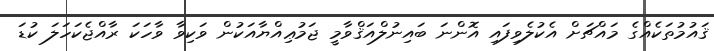
ޤައުމުތަކެއްގެ މައްޗަށް އެކުލެވިފައި އޮންނަ ބައިނުލްއަޤްވާމީ ޖަމުޢިއްޔާއަކުން ވަކިވާ ވާހަކަ ރާއްޖެކަހަލަ ކުޑަ